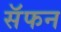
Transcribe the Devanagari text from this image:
सॅफन